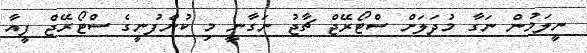
ނީލަމުން ނަގާ މުދަލަށް ސްޓޯރޭޖް ޗާޖު ނަގާނީ މި ކުންފުނީގެ ސްޓޯރޭޖް ފީއާ